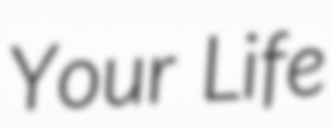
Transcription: Your Life